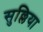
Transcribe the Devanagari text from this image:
सुल्लिया